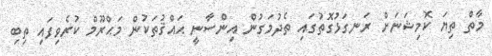
މާތް ތިޔަ ކޮމިޝަނަށް ރަނގަޅުގޮތުގައި ތެދުމަގުން އިންސާނީ ޙައްޤުތަކުން މަޙްރޫމް ކުރެވިފައި ތިބި